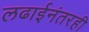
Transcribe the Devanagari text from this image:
लढाईनंतरही